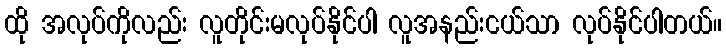
ထို အလုပ်ကိုလည်း လူတိုင်းမလုပ်နိုင်ပါ လူအနည်းငယ်သာ လုပ်နိုင်ပါတယ်။